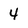
Character: 4